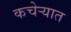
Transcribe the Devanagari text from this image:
कचेर्‍यात